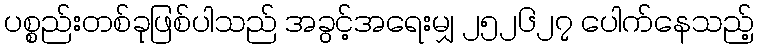
ပစ္စည်းတစ်ခုဖြစ်ပါသည် အခွင့်အရေးမျှ ၂၅၂၆၂၇ ပေါက်နေသည့်